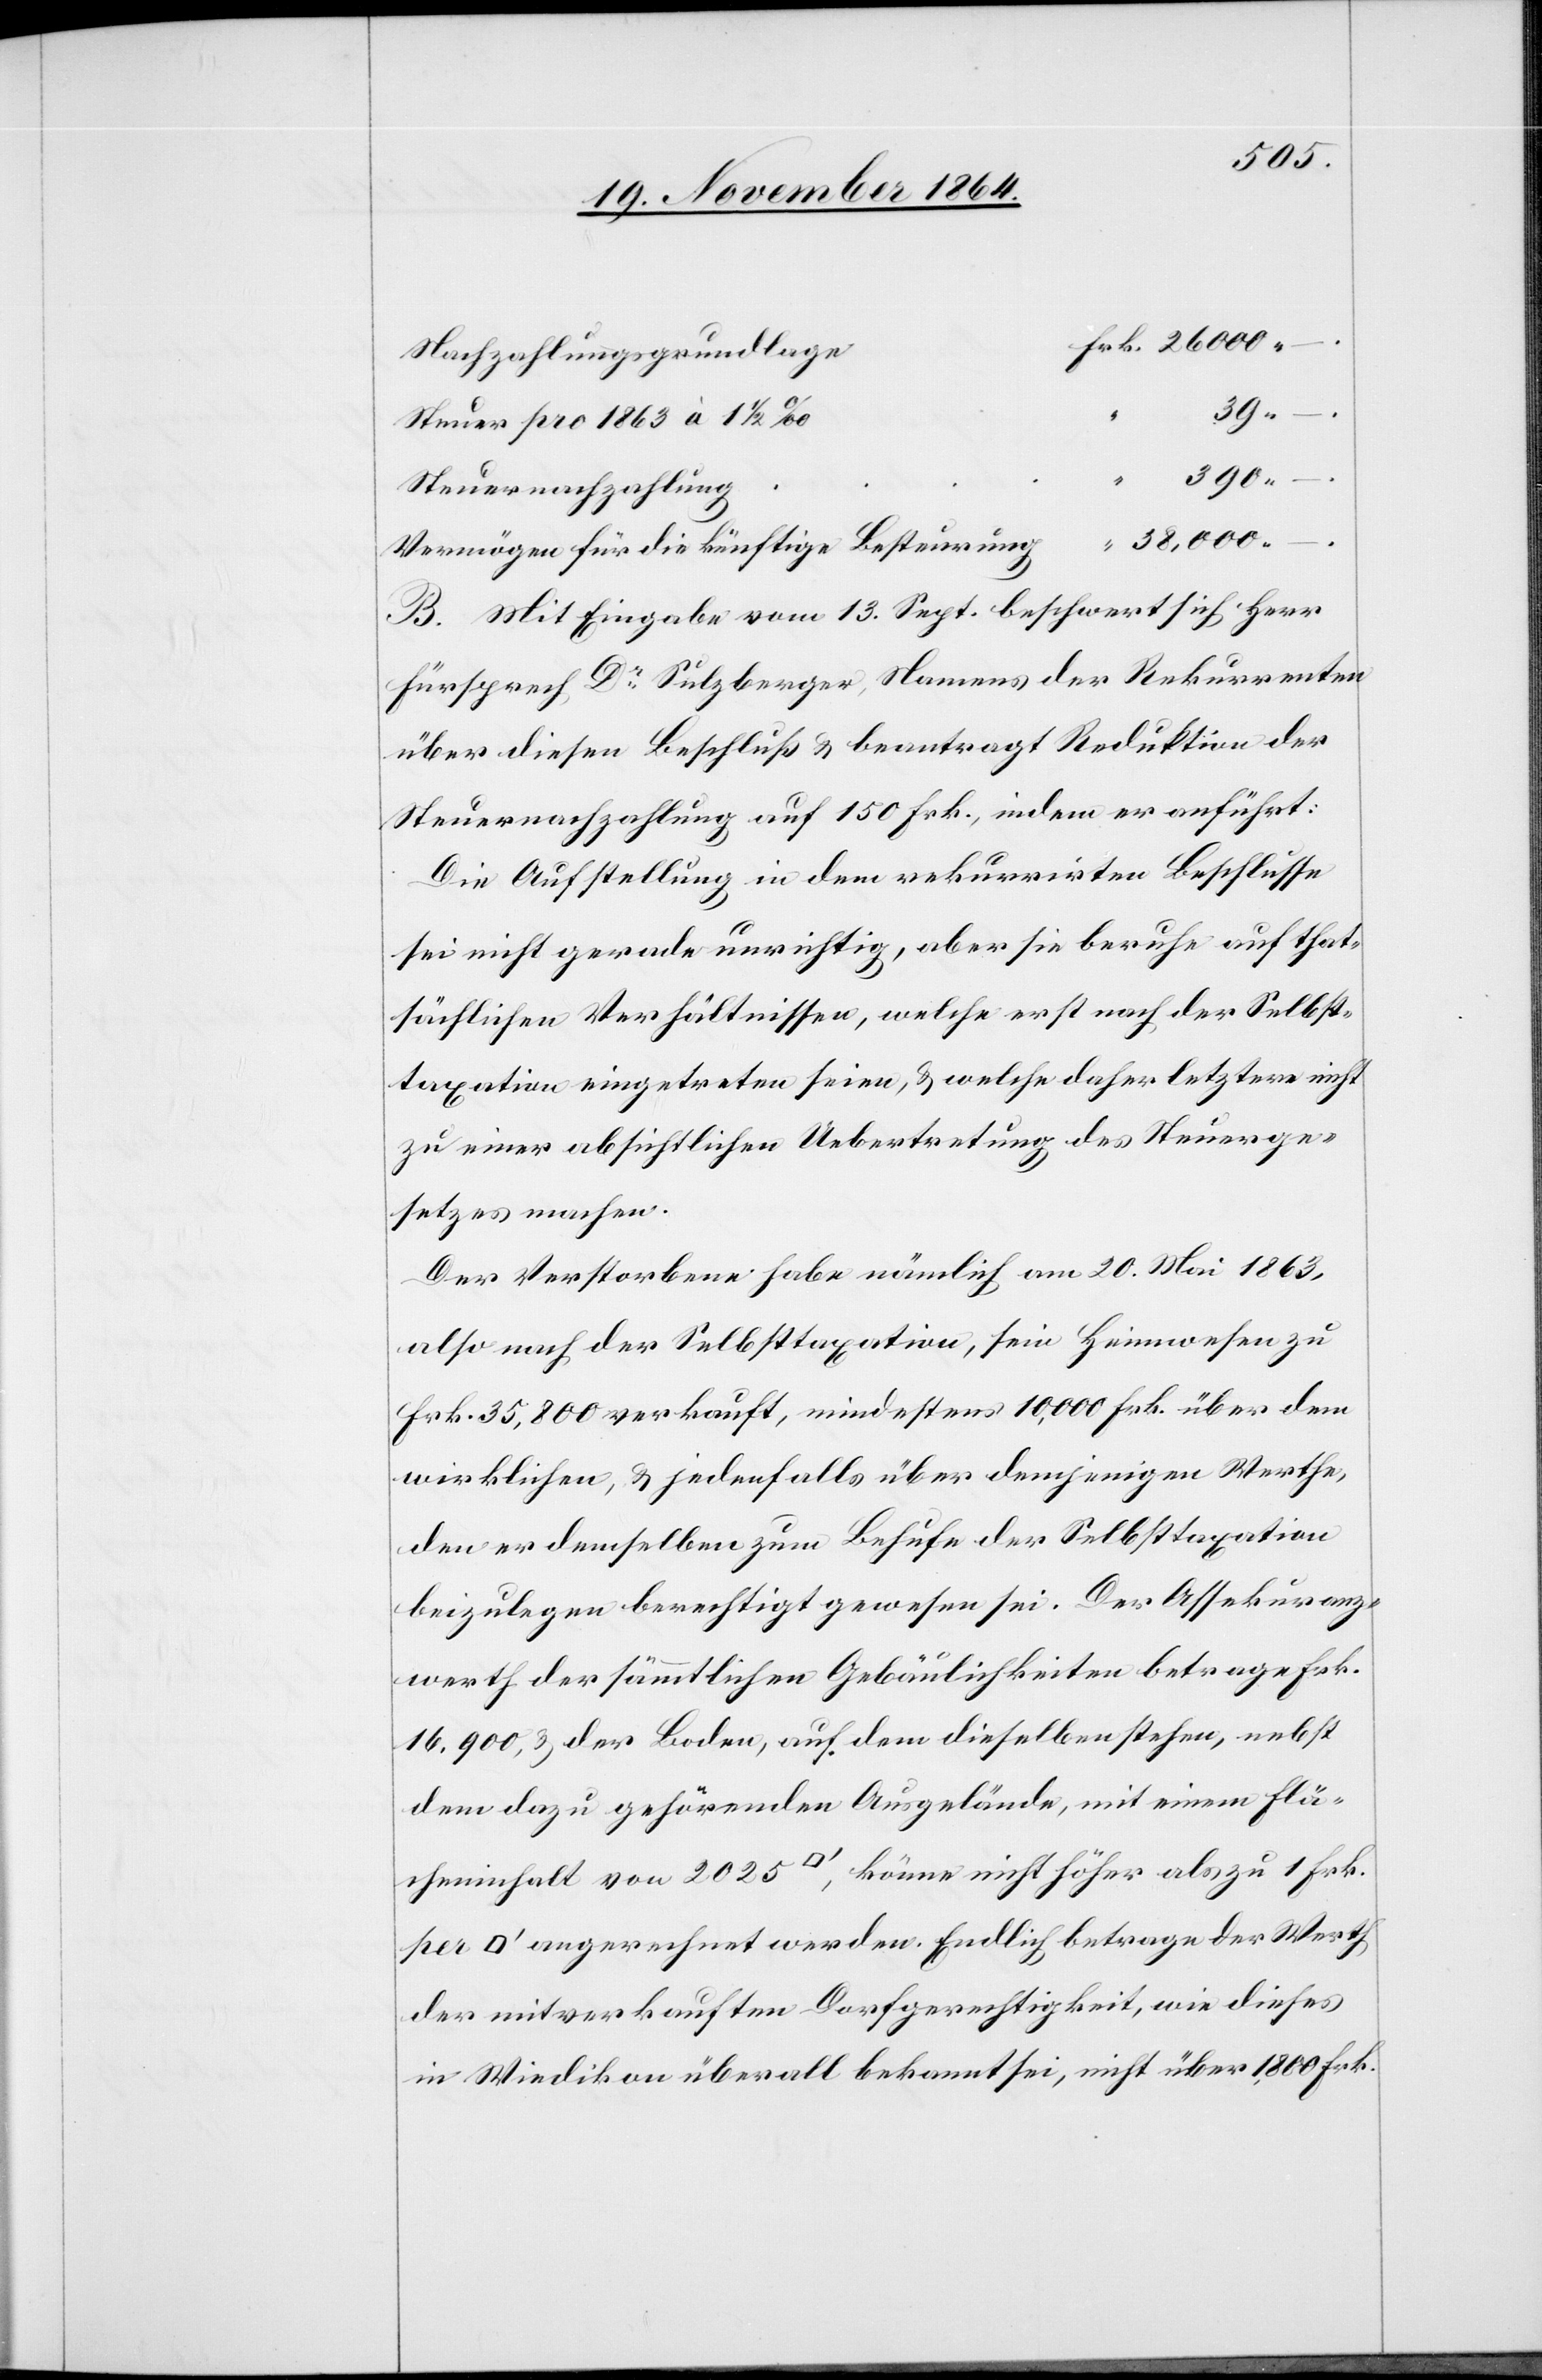
Nachzahlungsgrundlage
Steuer pro 1863 à 1 1/2‰
per
38,000.
[Quadrat¬
B. Mit Eingabe vom 13. Sept. beschwert sich Herr
Fürsprech Dr Sulzberger, Namens der Rekurrenten
über diesen Beschluß & beantragt Reduktion der
Steuernachzahlung auf 150 Frk., indem er anführt:
Die Aufstellung in dem rekurrirten Beschlusse
sei nicht gerade unrichtig, aber sie beruhe auf that¬
sächlichen Verhältnissen, welche erst nach der Selbst¬
taxation eingetreten seien, & welche daher letztere nicht
zu einer absichtlichen Uebertretung des Steuerge¬
setztes machen.
Der Verstorbene habe nämlich am 20. Mai 1863,
also nach der Selbsttaxation, sein Heimwesen zu
Frk. 35,800 verkauft, mindestens 10,000 Frk. über dem
wirklichen, & jedenfalls über demjenigen Werthe,
den er demselben zum Behufe der Selbsttaxation
beizulegen berechtigt gewesen sei. Der Assekuranz¬
werth der sämmtlichen Gebäulichkeiten betrage Frk.
16,900, & der Boden, auf dem dieselben stehen, nebst
dem dazu gehörenden Ausgelände, mit einem Flä¬
cheninhalt von 2025 [Quadratfuss], könne nicht höher als zu 1 Frk.
fuss] angerechnet werden. Endlich betrage der Werth
der mitverkauften Dorfgerechtigkeit, wie dieses
in Wiedikon überall bekannt sei, nicht über 1,800 Frk.